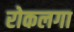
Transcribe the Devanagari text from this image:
रोकलगा